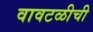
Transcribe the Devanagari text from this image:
वावटळीची